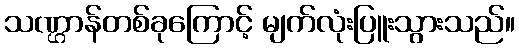
သဏ္ဌာန်တစ်ခုကြောင့် မျက်လုံးပြူးသွားသည်။